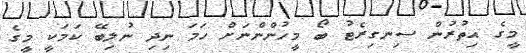
މީގެ އިތުރުން ސިނގިރެޓު ބޯ މީހުންންނަށް ހަމަ ނިދި ނުލިބޭ ކަމަކީ މީގެ